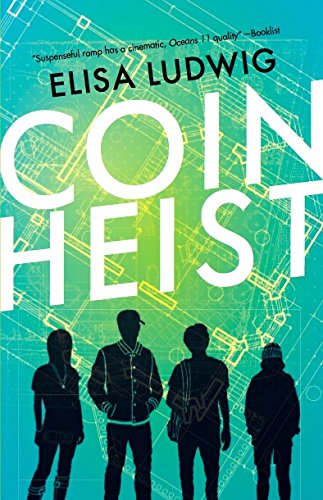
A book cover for Coin Heist; Elisa Ludwig; Teen & Young Adult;